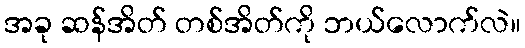
အခု ဆန်အိတ် တစ်အိတ်ကို ဘယ်လောက်လဲ။